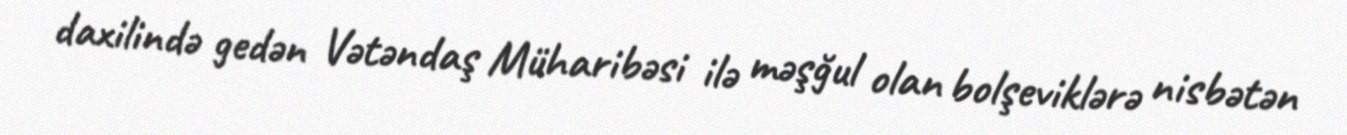
daxilində gedən Vətəndaş Müharibəsi ilə məşğul olan bolşeviklərə nisbətən